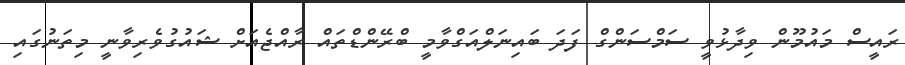
ރައީސް މައުމޫން ވިދާޅުވީ ސަމްސަންގް ފަދަ ބައިނަލްއަގްވާމީ ބްރޭންޑްތައް ރާއްޖެއަށް ޝައުގުވެރިވާނީ މިތަނުގައި